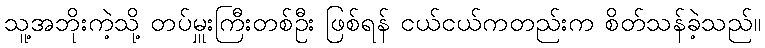
သူ့အဘိုးကဲ့သို့ တပ်မှူးကြီးတစ်ဦး ဖြစ်ရန် ငယ်ငယ်ကတည်းက စိတ်သန်ခဲ့သည်။